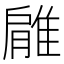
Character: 𨿱